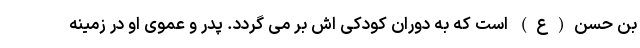
بن حسن(ع) است که به دوران کودکی اش بر می گردد. پدر و عموی او در زمینه